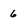
Character: 6